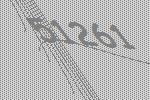
51261